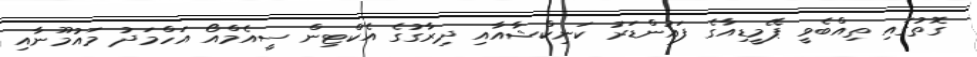
ގޮތުގައި ތިއްބެވީ ޕޭމީޑިއާގެ ފައުންޑަރު ކަނިކްޝާއާއި ދިރާގުގެ އެކްޓިން ސީއެމްއޯ އަހްމަދު މައުމޫނާއި